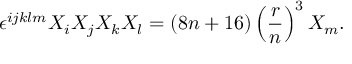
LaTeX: \epsilon ^ { i j k l m } X _ { i } X _ { j } X _ { k } X _ { l } = ( 8 n + 1 6 ) \left( \frac { r } { n } \right) ^ { 3 } X _ { m } .